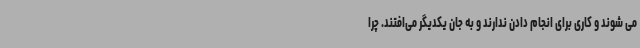
می شوند و کاری برای انجام دادن ندارند و به جان یکدیگر می‌افتند. چرا